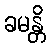
ခမန္တိ